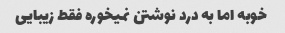
خوبه اما به درد نوشتن نمیخوره فقط زیبایی